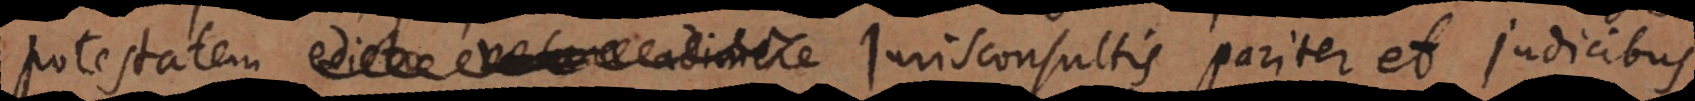
potestatem edicto vetare adimere Jurisconsultis pariter et judicibus